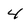
Character: 4